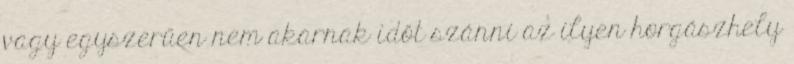
vagy egyszerűen nem akarnak időt szánni az ilyen horgászhely